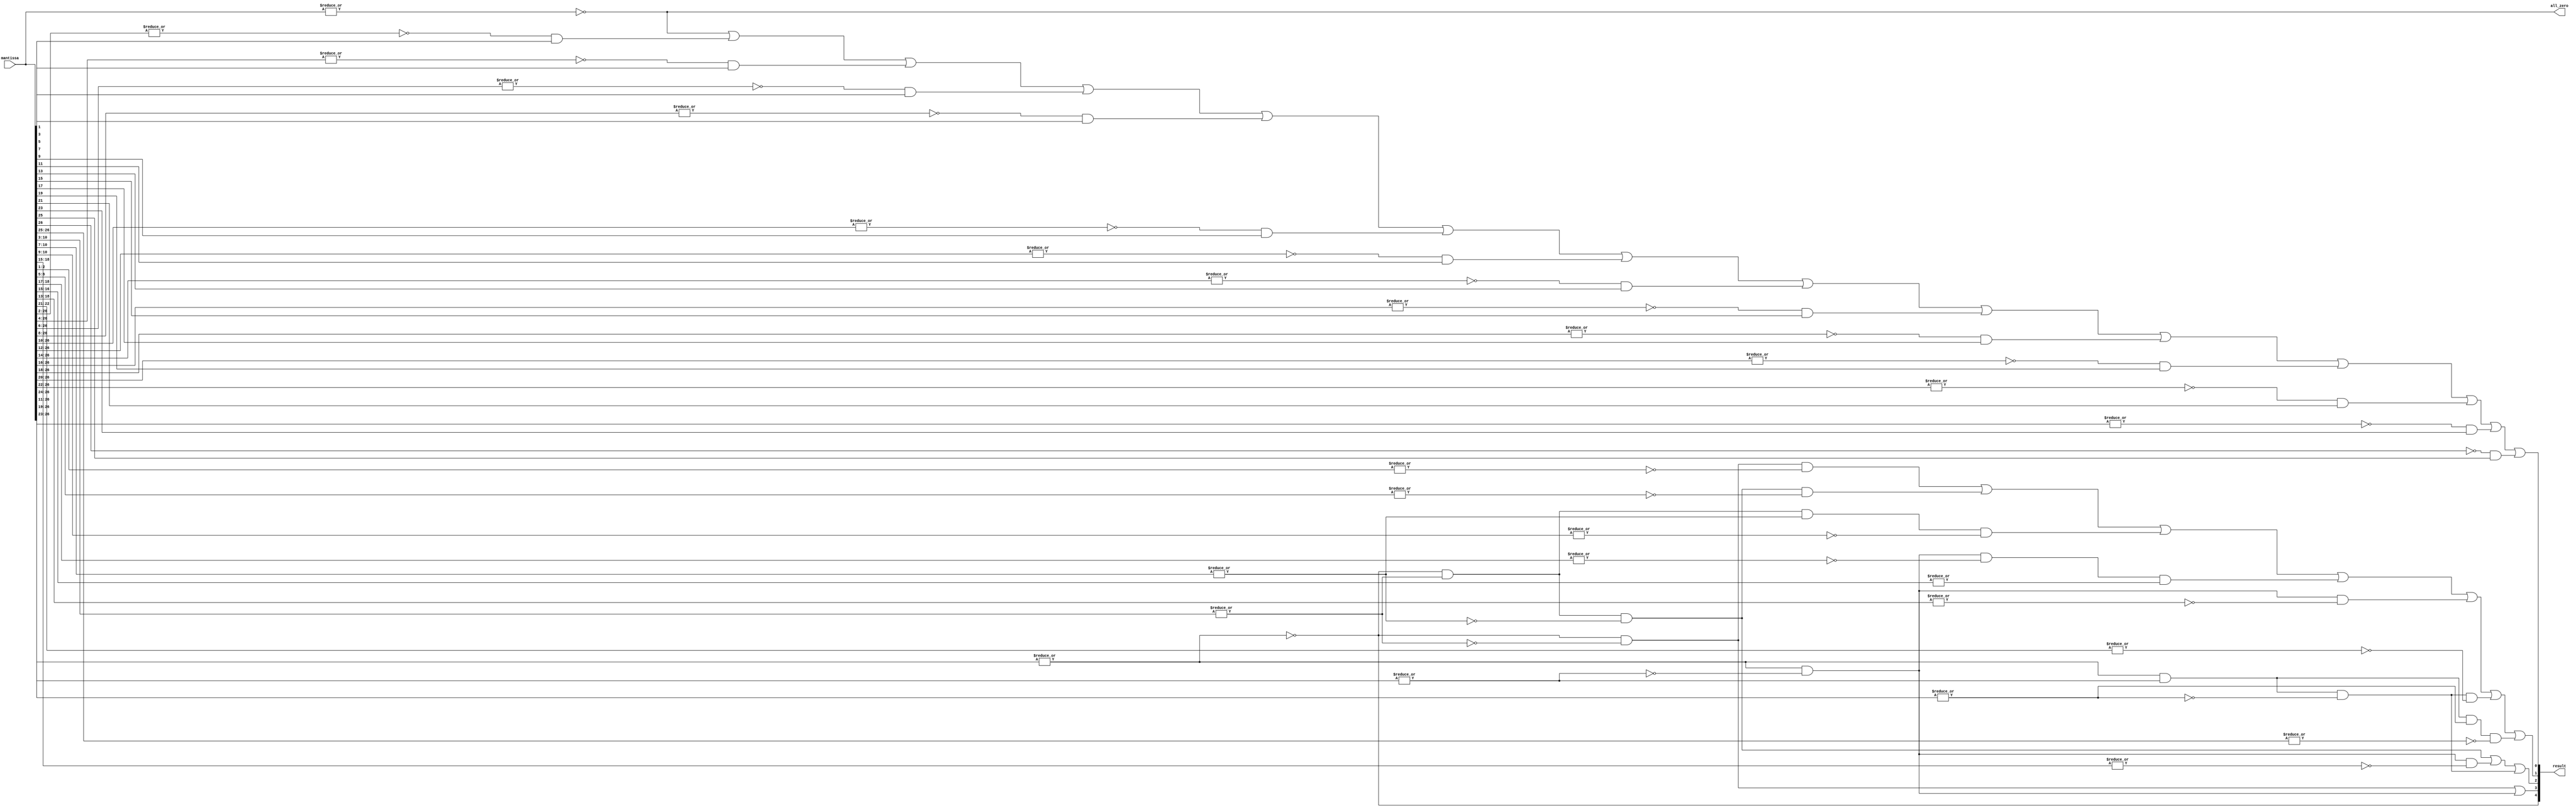
module acl_fp_custom_clz(mantissa, result, all_zero);
  // count the number of leading zeros in the 27-bit mantissa
  input [26:0] mantissa;
  output [4:0] result;
  output all_zero;
  
  wire top_16 = ~|mantissa[26:11];
  wire top_8 = ~|mantissa[26:19];
  wire top_4 = ~|mantissa[26:23];
  wire top_2 = ~|mantissa[26:25];
  wire bottom_8 = ~(|mantissa[10:3]);
  wire bottom_4 = ~(|mantissa[10:7]);
  wire bottom_2 = ~(|mantissa[10:9]);
  wire all_clear = ~|mantissa;
  assign result[4] = top_16;
  assign result[3] = top_16 & bottom_8 | ~top_16 & top_8;
  assign result[2] = (top_16 & ~bottom_8 & bottom_4) | (~top_16 & top_8 & ~|mantissa[18:15]) | 
							(~top_16 & ~top_8 & top_4);
  assign result[1] = (top_16 & bottom_8 & ~|mantissa[2:1]) | (top_16 & ~bottom_8 & bottom_4 & ~|mantissa[6:5]) |
                     (top_16 & ~bottom_8 & ~bottom_4 & bottom_2) | 
							(~top_16 & top_8 & ~|mantissa[18:17] & |mantissa[16:15]) |
							(~top_16 & top_8 & ~|mantissa[18:13]) |
							(~top_16 & ~top_8 & top_4 & ~|mantissa[22:21]) |
                     (~top_16 & ~top_8 & ~top_4 & top_2);
  assign result[0] = (all_clear) |
						   (~|mantissa[26:2] & mantissa[1]) | 
						   (~|mantissa[26:4] & mantissa[3]) | 
						   (~|mantissa[26:6] & mantissa[5]) | 
						   (~|mantissa[26:8] & mantissa[7]) | 
						   (~|mantissa[26:10] & mantissa[9]) | 
						   (~|mantissa[26:12] & mantissa[11]) | 
						   (~|mantissa[26:14] & mantissa[13]) | 
						   (~|mantissa[26:16] & mantissa[15]) | 
						   (~|mantissa[26:18] & mantissa[17]) | 
						   (~|mantissa[26:20] & mantissa[19]) | 
						   (~|mantissa[26:22] & mantissa[21]) | 
						   (~|mantissa[26:24] & mantissa[23]) | 
						   (~mantissa[26] & mantissa[25]);
  assign all_zero = all_clear;
                     
endmodule